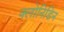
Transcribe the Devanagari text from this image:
क्लोनिडिन